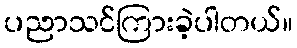
ပညာသင်ကြားခဲ့ပါတယ်။